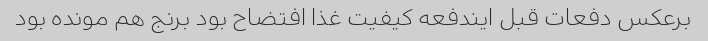
برعکس دفعات قبل ایندفعه کیفیت غذا افتضاح بود برنج هم مونده بود